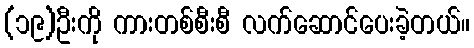
(၁၉)ဦးကို ကားတစ်စီးစီ လက်ဆောင်ပေးခဲ့တယ်။